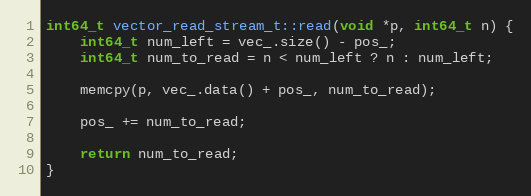
Language: C++
int64_t vector_read_stream_t::read(void *p, int64_t n) {
    int64_t num_left = vec_.size() - pos_;
    int64_t num_to_read = n < num_left ? n : num_left;

    memcpy(p, vec_.data() + pos_, num_to_read);

    pos_ += num_to_read;

    return num_to_read;
}